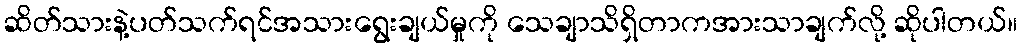
ဆိတ်သားနဲ့ပတ်သက်ရင်အသားရွေးချယ်မှုကို သေချာသိရှိတာကအားသာချက်လို့ ဆိုပါတယ်။